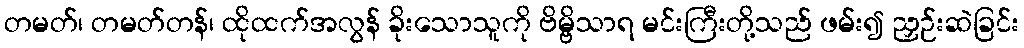
တမတ်၊ တမတ်တန်၊ ထိုထက်အလွန် ခိုးသောသူကို ဗိမ္ဗိသာရ မင်းကြီးတို့သည် ဖမ်း၍ ညှဉ်းဆဲခြင်း